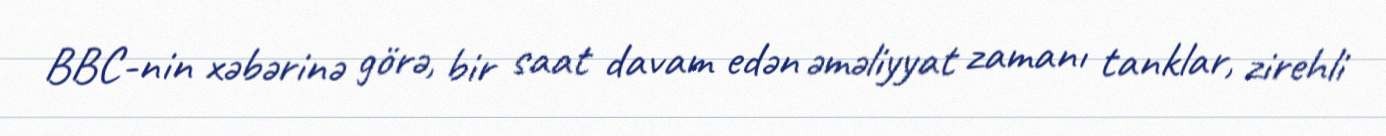
BBC-nin xəbərinə görə, bir saat davam edən əməliyyat zamanı tanklar, zirehli